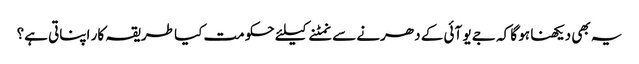
یہ بھی دیکھنا ہو گا کہ جے یو آئی کے دھرنے سے نمٹنے کیلئے حکومت کیا طریقہ کار اپناتی ہے؟